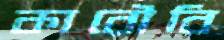
কারৌবি